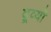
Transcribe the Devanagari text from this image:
द्र्व्यों